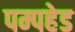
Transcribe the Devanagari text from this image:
पम्पहेड